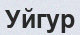
Уйгур